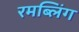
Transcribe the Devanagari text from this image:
रमब्लिंग